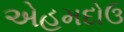
એહમદોઉ